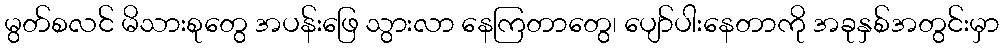
မွတ်စလင် မိသားစုတွေ အပန်းဖြေ သွားလာ နေကြတာတွေ၊ ပျော်ပါးနေတာကို အခုနှစ်အတွင်းမှာ